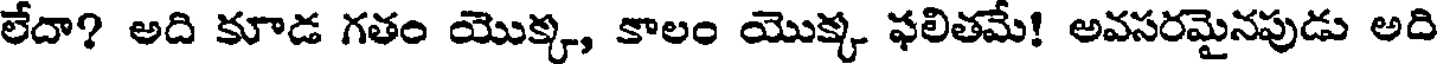
లేదా? అది కూడ గతం యొక్క, కాలం యొక్క ఫలితమే! అవసరమైనపుడు అది